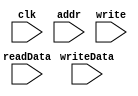
`timescale 1ns/1ns

module MemoryBlock (clk, addr, write, writeData, readData);
    input clk, write;
    input [31:0] addr;
    input [31:0] writeData, readData;

    reg [31:0] file [65535:0];
    assign readData = file[addr >> 2];

    always @(posedge clk) begin
        if(write)
            file[addr >> 2] <= writeData;
    end
endmodule